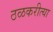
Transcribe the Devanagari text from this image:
ठळकरीत्या